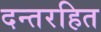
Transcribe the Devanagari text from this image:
दन्तरहित